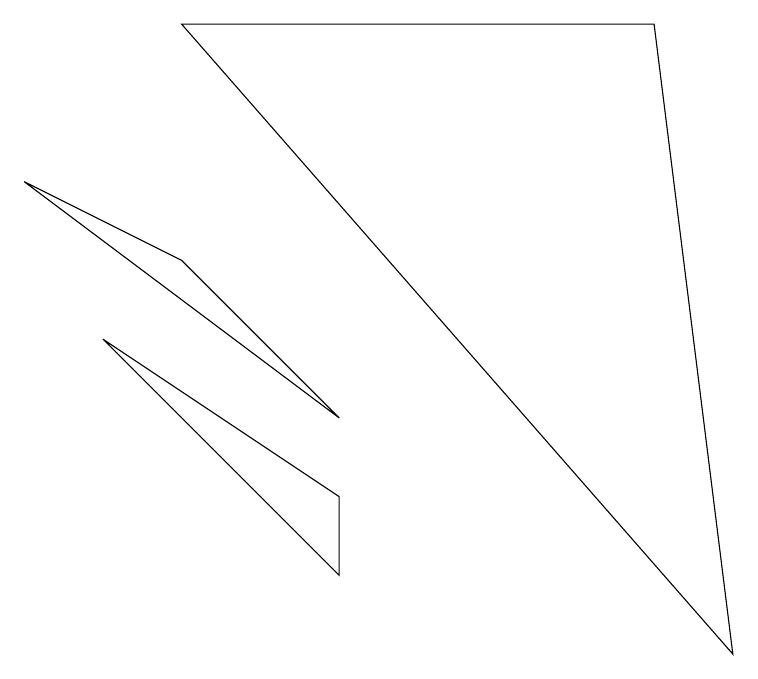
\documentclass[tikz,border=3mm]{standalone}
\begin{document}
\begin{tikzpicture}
\draw (2,5) -- (0,6) -- (4,3) -- cycle;
\draw (2,8) -- (8,8) -- (9,0) -- cycle;
\draw (4,1) -- (1,4) -- (4,2) -- cycle;
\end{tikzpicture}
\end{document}